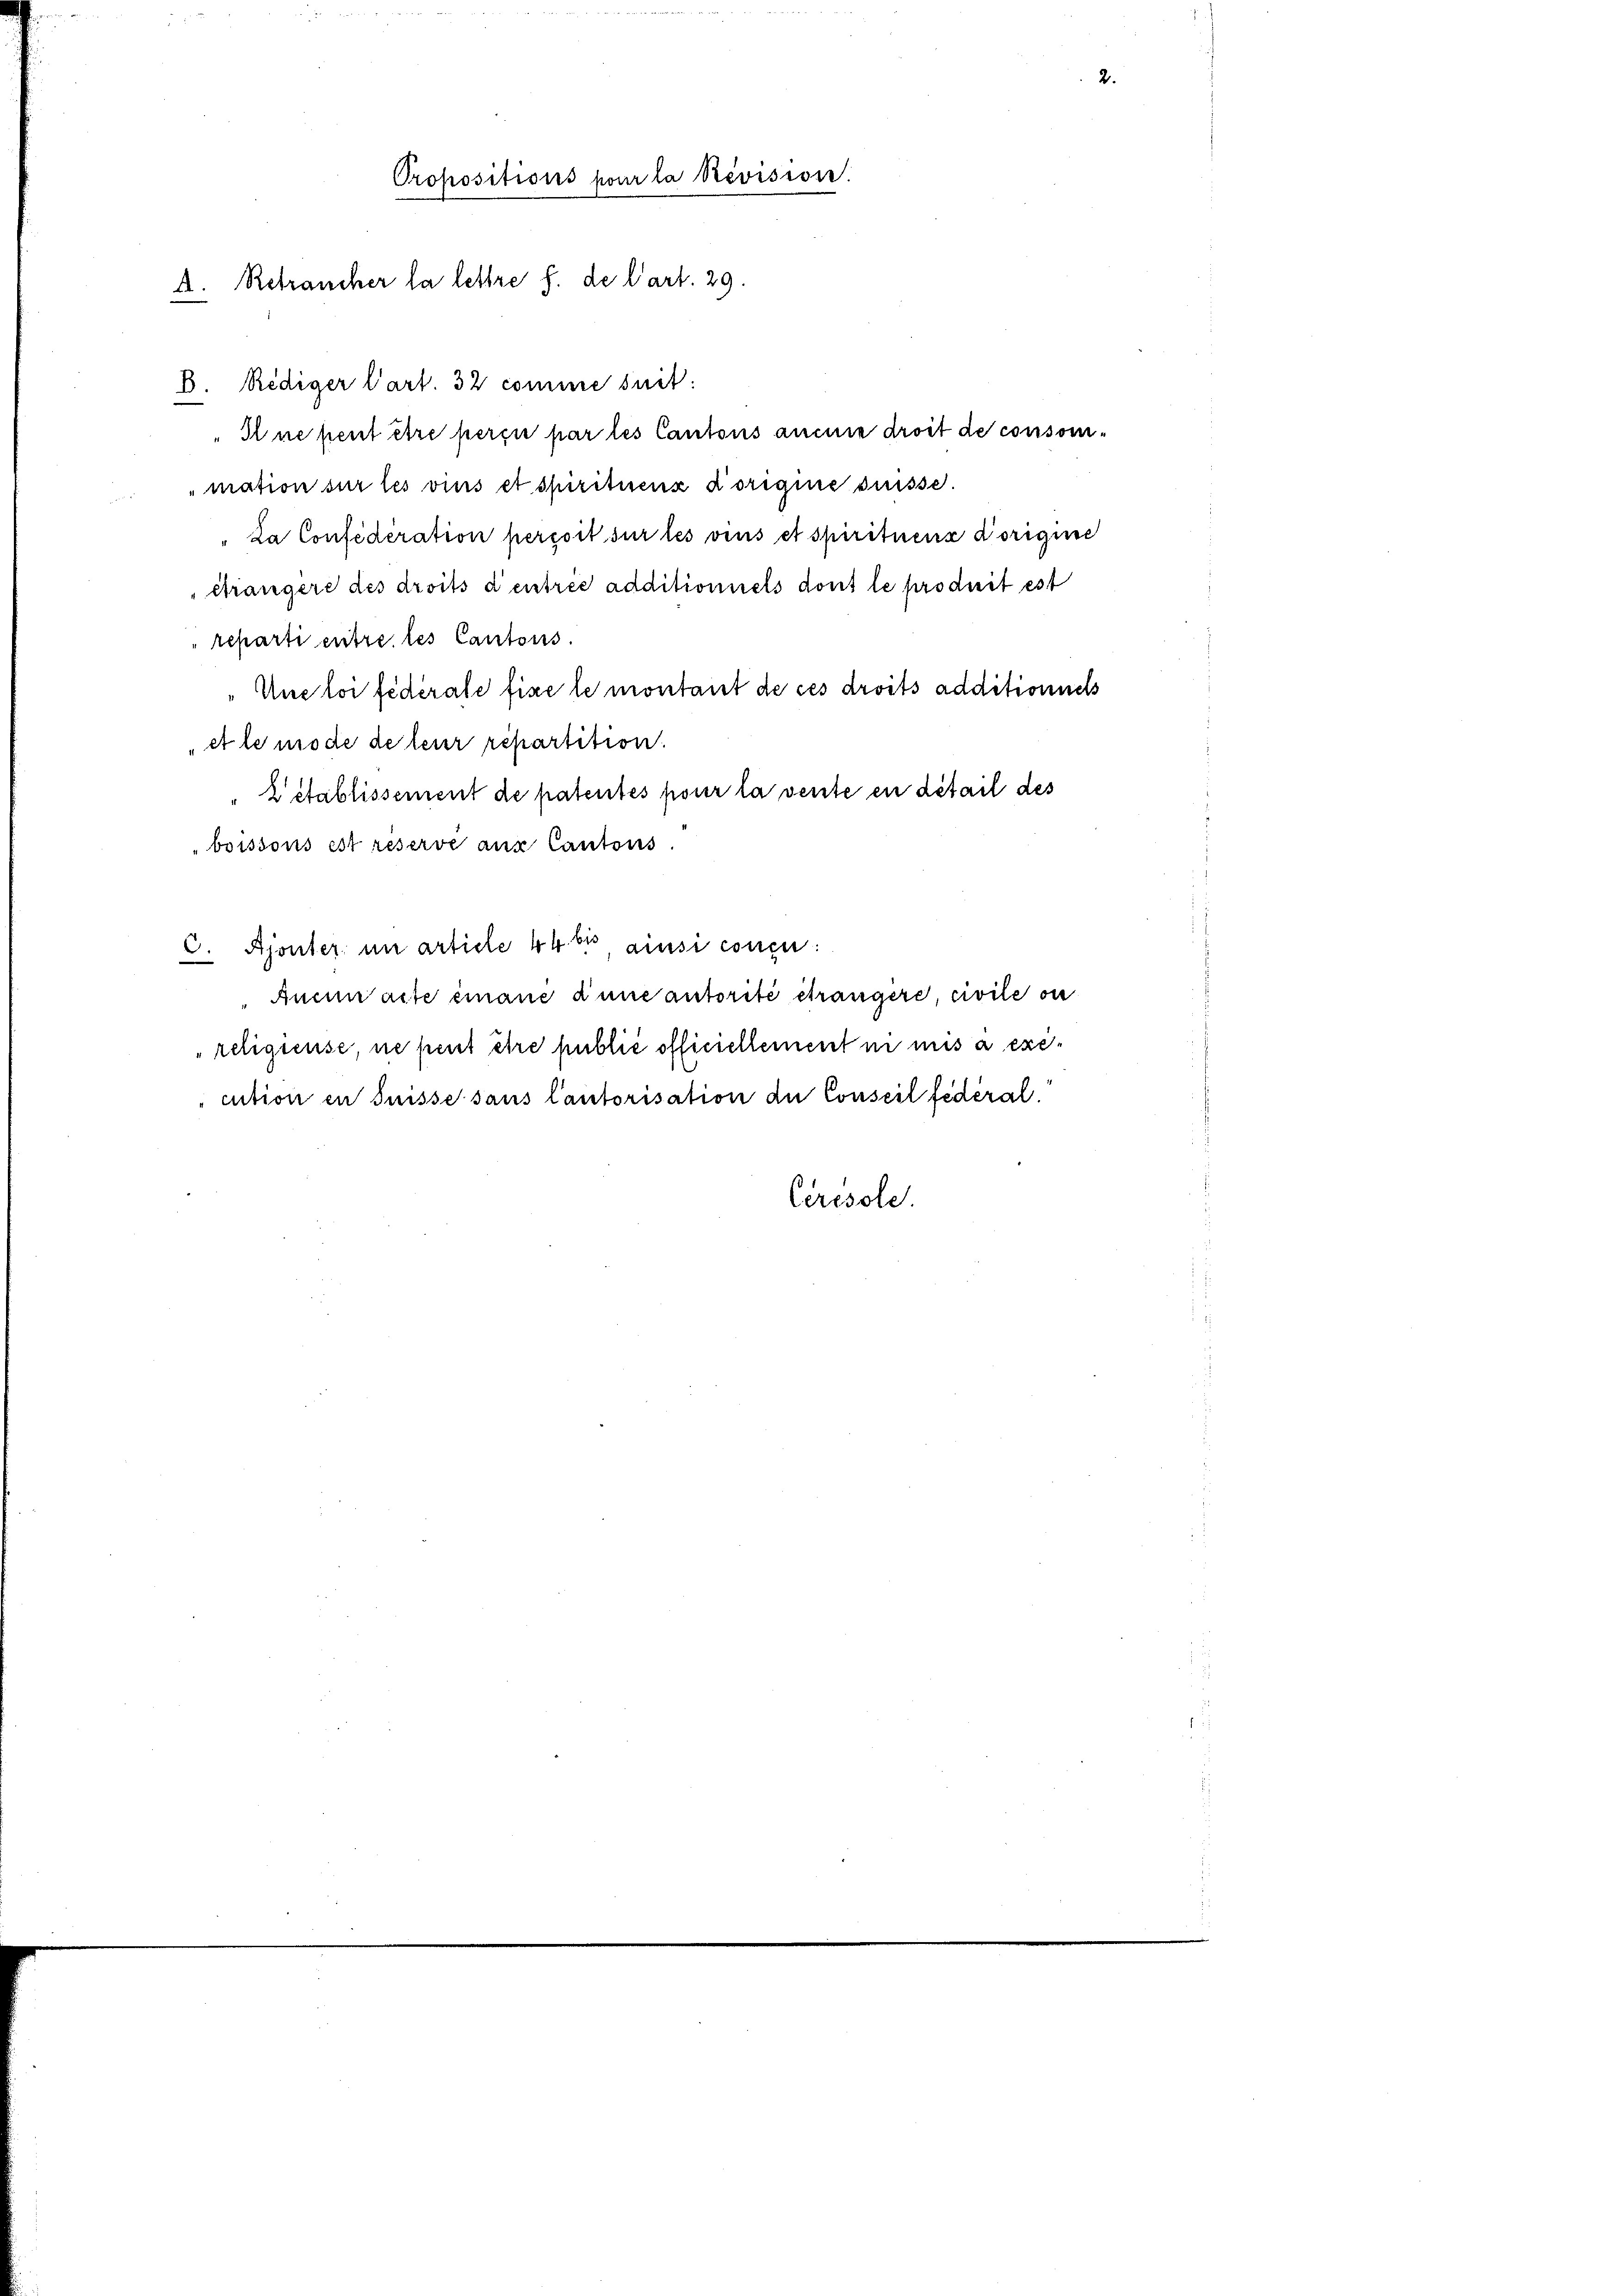
Propositions pour la Revision.
A. Retraucher la lettre f. de l’art. 29.

8. Rediger Cart. 32 comme suit:
Il ne heut être perin par les Cantons anne droit de consoni¬
"mation sur les viers et spirituenz Korigine süsse.
La Confédération perçoit sur les vins et spirituenz Vorigine
drängere des droits d’entree additionnels dont le produit est
reparti entre les Cantons.
Une loi fédérale fixe le montant de ces droits additioniels
et le mode de leur repartition.
2 établissement de patentes pour la vente en detail des
boissous ist réserve aus Cantons.
c. Ajonter in article 44 bis ainsi concur
Aucun acte einaue d’une autorité étrangere civile ou
religieuse, ne peut être publić officiellement in mis à execution in Suisse sans lautorisation du Conseil fédéral.
Ceresole.